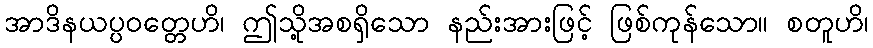
အာဒိနယပ္ပဝတ္တေဟိ၊ ဤသို့အစရှိသော နည်းအားဖြင့် ဖြစ်ကုန်သော။ စတူဟိ၊